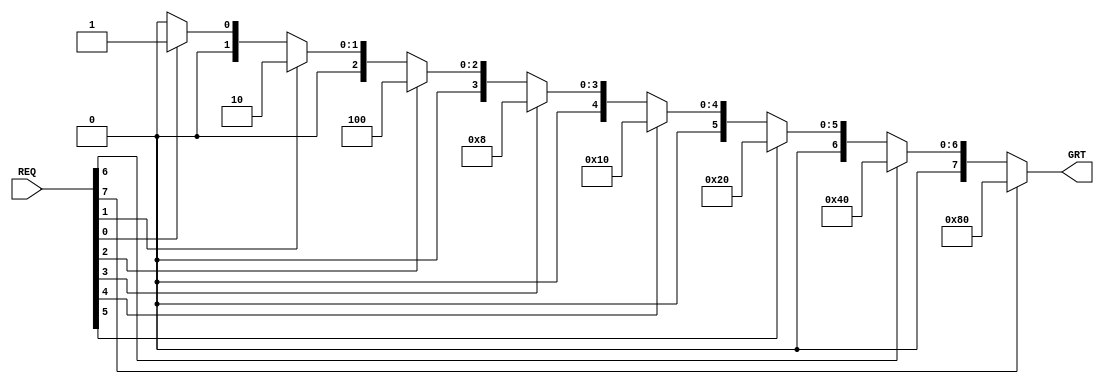
module fixed_priority_resolver (
REQ,
GRT
);

input wire [7:0] REQ;
output reg [7:0] GRT;

always@(*) begin
	GRT = 8'b0000_0000;
	if (REQ[7])
		GRT = 8'b1000_0000;
	else if (REQ[6])
		GRT = 8'b0100_0000;
	else if (REQ[5])
		GRT = 8'b0010_0000;
	else if (REQ[4])
		GRT = 8'b0001_0000;
	else if (REQ[3])
		GRT = 8'b0000_1000;
	else if (REQ[2])
		GRT = 8'b0000_0100;
	else if (REQ[1])
		GRT = 8'b0000_0010;
	else if (REQ[0])
		GRT = 8'b0000_0001;
end

endmodule